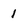
Character: 1